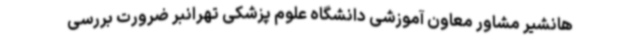
هانشیر مشاور معاون آموزشی دانشگاه علوم پزشکی تهرانبر ضرورت بررسی